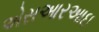
એસઆરઆઇ